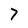
Character: 7